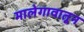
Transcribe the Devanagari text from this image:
मालेगावातून